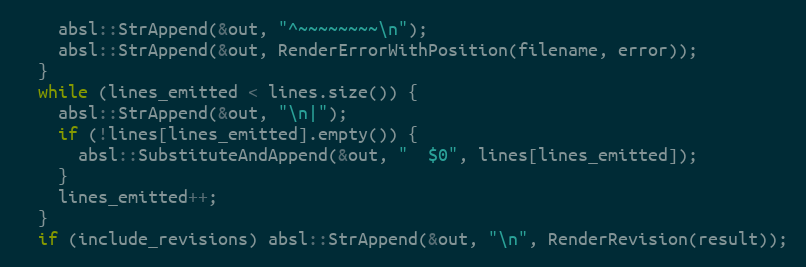
Language: C++
    absl::StrAppend(&out, "^~~~~~~~~\n");
    absl::StrAppend(&out, RenderErrorWithPosition(filename, error));
  }
  while (lines_emitted < lines.size()) {
    absl::StrAppend(&out, "\n|");
    if (!lines[lines_emitted].empty()) {
      absl::SubstituteAndAppend(&out, "  $0", lines[lines_emitted]);
    }
    lines_emitted++;
  }
  if (include_revisions) absl::StrAppend(&out, "\n", RenderRevision(result));